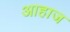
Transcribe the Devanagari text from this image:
आहाज